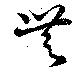
無